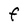
Character: F